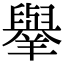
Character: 𦏜